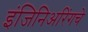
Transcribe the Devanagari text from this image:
इंजिनिअरिंगचे